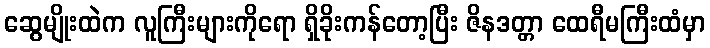
ဆွေမျိုးထဲက လူကြီးများကိုရော ရှိခိုးကန်တော့ပြီး ဇိနဒတ္တာ ထေရီမကြီးထံမှာ